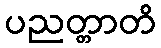
ပညတ္တာတိ